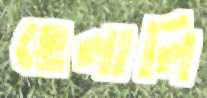
হেলালি